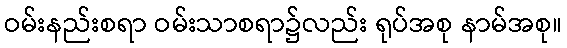
ဝမ်းနည်းစရာ ဝမ်းသာစရာ၌လည်း ရုပ်အစု နာမ်အစု။